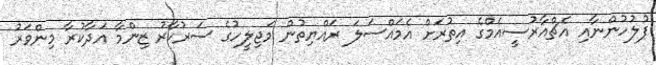
ފުލުހުންނާއި އެޗްއާރުސީއެމްގެ އިތުރަށް އެމައްސަލަ ރައްޔިތުން މަޖިލީހުގެ ސަރުކާރު ޒިންމާ އަދާކުރާ މިންވަރު